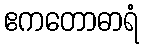
ဧကတောဓာရံ